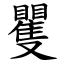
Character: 矍